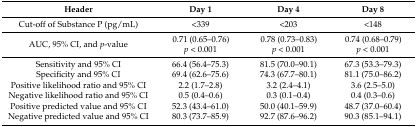
| Header | Day 1 | Day 4 | Day 8 |
 | --- | --- | --- | --- |
 | Cut-off of Substance P (pg/mL) | <339 | <203 | <148 |
 | AUC, 95% CI, and p-value | 0.71 (0.65–0.76)p < 0.001 | 0.78 (0.73–0.83)p < 0.001 | 0.74 (0.68–0.79)p < 0.001 |
 | Sensitivity and 95% CI | 66.4 (56.4–75.3) | 81.5 (70.0–90.1) | 67.3 (53.3–79.3) |
 | Specificity and 95% CI | 69.4 (62.6–75.6) | 74.3 (67.7–80.1) | 81.1 (75.0–86.2) |
 | Positive likelihood ratio and 95% CI | 2.2 (1.7–2.8) | 3.2 (2.4–4.1) | 3.6 (2.5–5.0) |
 | Negative likelihood ratio and 95% CI | 0.5 (0.4–0.6) | 0.3 (0.1–0.4) | 0.4 (0.3–0.6) |
 | Positive predicted value and 95% CI | 52.3 (43.4–61.0) | 50.0 (40.1–59.9) | 48.7 (37.0–60.4) |
 | Negative predicted value and 95% CI | 80.3 (73.7–85.9) | 92.7 (87.6–96.2) | 90.3 (85.1–94.1) |